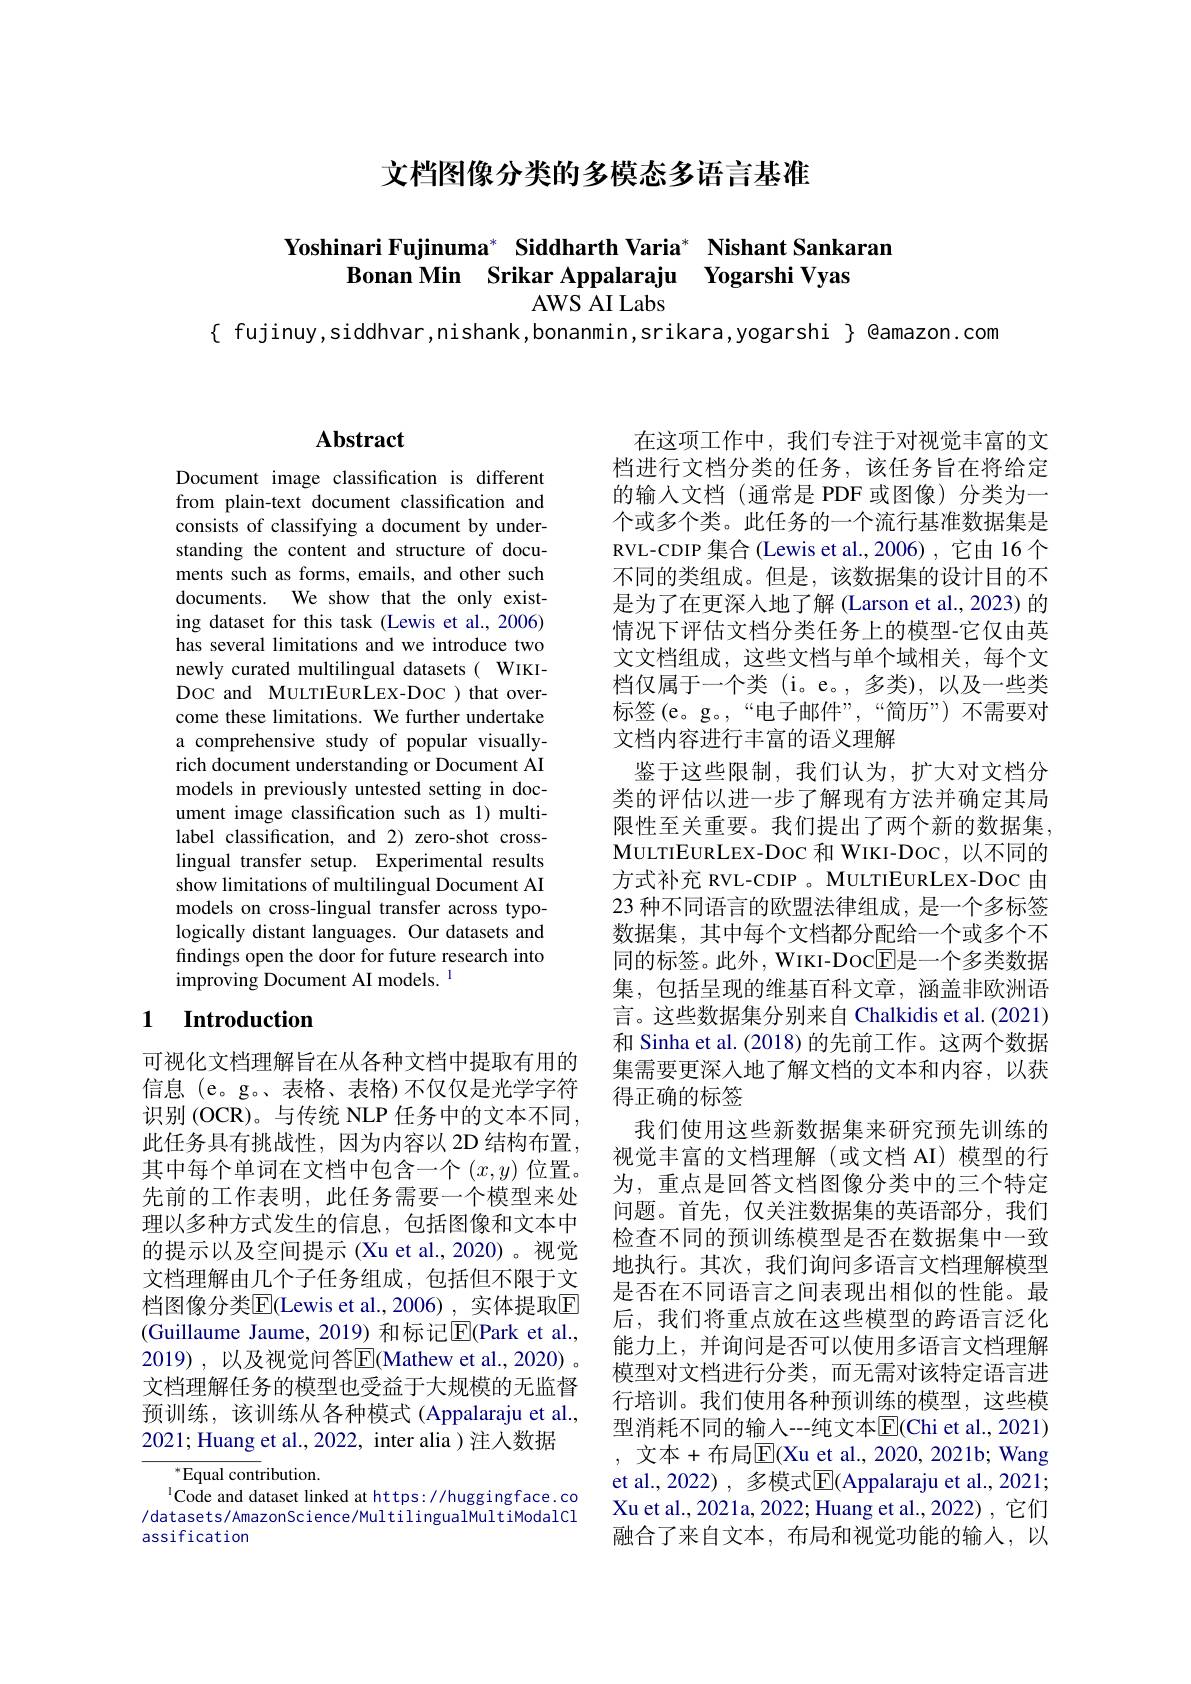
文档图像分类的多模态多语言基准

## Yoshinari Fujinuma* Siddharth Varia* Nishant Sankaran Bonan Min Srikar Appalaraju Yogarshi Vyas AWS AI Labs

$\{$ fujinuy,siddhvar,nishank,bonanmin,srikara,yogarshi $\}$ @amazon.com

# Abstract

Document image classification is different from plain-text document classification and consists of classifying a document by understanding the content and structure of documents such as forms, emails, and other such documents. We show that the only existing dataset for this task (Lewis et al., 2006) has several limitations and we introduce two newly curated multilingual datasets ( WIKIDOC and MULTIEURLEX-DOC ) that overcome these limitations. We further undertake a comprehensive study of popular visuallyrich document understanding or Document AI models in previously untested setting in document image classification such as 1) multilabel classification, and 2) zero-shot crosslingual transfer setup. Experimental results show limitations of multilingual Document AI models on cross-lingual transfer across typologically distant languages. Our datasets and findings open the door for future research into improving Document AI models. $^{\mathrm{l}}$

### 1 $\textbf{Introduction}$

可视化文档理解旨在从各种文档中提取有用的信息 (e。g。、表格、表格)不仅仅是光学字符识别 (OCR)。与传统 NLP 任务中的文本不同， 此任务具有挑战性，因为内容以 2D 结构布置， 其中每个单词在文档中包含一个$(x,y)$ 位置。先前的工作表明，此任务需要一个模型来处理以多种方式发生的信息，包括图像和文本中的提示以及空间提示 (Xu et al.,2020)。视觉文档理解由几个子任务组成，包括但不限于文档图像分类$\overline{\mathrm{E}}($Lewis et al.,2006) , 实体提取回(Guillaume Jaume, 2019) 和标记$\overline\mathrm{E}($Park et al., 2019) , 以及视觉问答$\overline{\mathrm{E}}($Mathew et al., 2020) 。文档理解任务的模型也受益于大规模的无监督预训练，该训练从各种模式 (Appalaraju et al., 2021; Huang et al., 2022, inter alia ) 注人数据

$^{*}$Equal contribution.
$^{1}\dot{\text{Code and dataset linked at https://huggingface.co}}$ / datasets/ AmazonScience/ Multilingual Multi Modal Cl assification

在这项工作中，我们专注于对视觉丰富的文档进行文档分类的任务，该任务旨在将给定的输入文档(通常是 PDF 或图像)分类为一个或多个类。此任务的一个流行基准数据集是RVL-CDIP 集合(Lewis et al.,2006),它由 16 个不同的类组成。但是，该数据集的设计目的不是为了在更深人地了解 (Larson et al., 2023) 的情况下评估文档分类任务上的模型-它仅由英文文档组成，这些文档与单个域相关，每个文档仅属于一个类(i。e。,多类),以及一些类标签(e。g。,“电子邮件”,“简历”)不需要对文档内容进行丰富的语义理解
鉴于这些限制，我们认为，扩大对文档分类的评估以进一步了解现有方法并确定其局限性至关重要。我们提出了两个新的数据集MULTIEURLEX-DOC 和 WIKI-DOC, 以不同的方式补充 RVL-CDIP 。MULTIEURLEX-DOC 由23 种不同语言的欧盟法律组成，是一个多标签数据集，其中每个文档都分配给一个或多个不同的标签。此外，WIKI-DOCE是一个多类数据集，包括呈现的维基百科文章，涵盖非欧洲语言。这些数据集分别来自 Chalkidis et al.(2021) 和 Sinha et al. (2018) 的先前工作。这两个数据集需要更深人地了解文档的文本和内容，以获得正确的标签
我们使用这些新数据集来研究预先训练的视觉丰富的文档理解(或文档 AI)模型的行为，重点是回答文档图像分类中的三个特定问题。首先，仅关注数据集的英语部分，我们检查不同的预训练模型是否在数据集中一致地执行。其次，我们询问多语言文档理解模型是否在不同语言之间表现出相似的性能。最后，我们将重点放在这些模型的跨语言泛化能力上，并询问是否可以使用多语言文档理解模型对文档进行分类，而无需对该特定语言进行培训。我们使用各种预训练的模型，这些模型消耗不同的输入---纯文本$\overline{\mathrm{E}}($Chi et al., 2021) , 文本+布局$\overline{\mathbb{E}}($Xu et al., 2020, 2021b; Wang et al., 2022) , 多模式$\overline{\mathrm{E}}($Appalaraju et al., 2021; Xu et al., 2021a, 2022; Huang et al., 2022) , 它们融合了来自文本，布局和视觉功能的输入，以